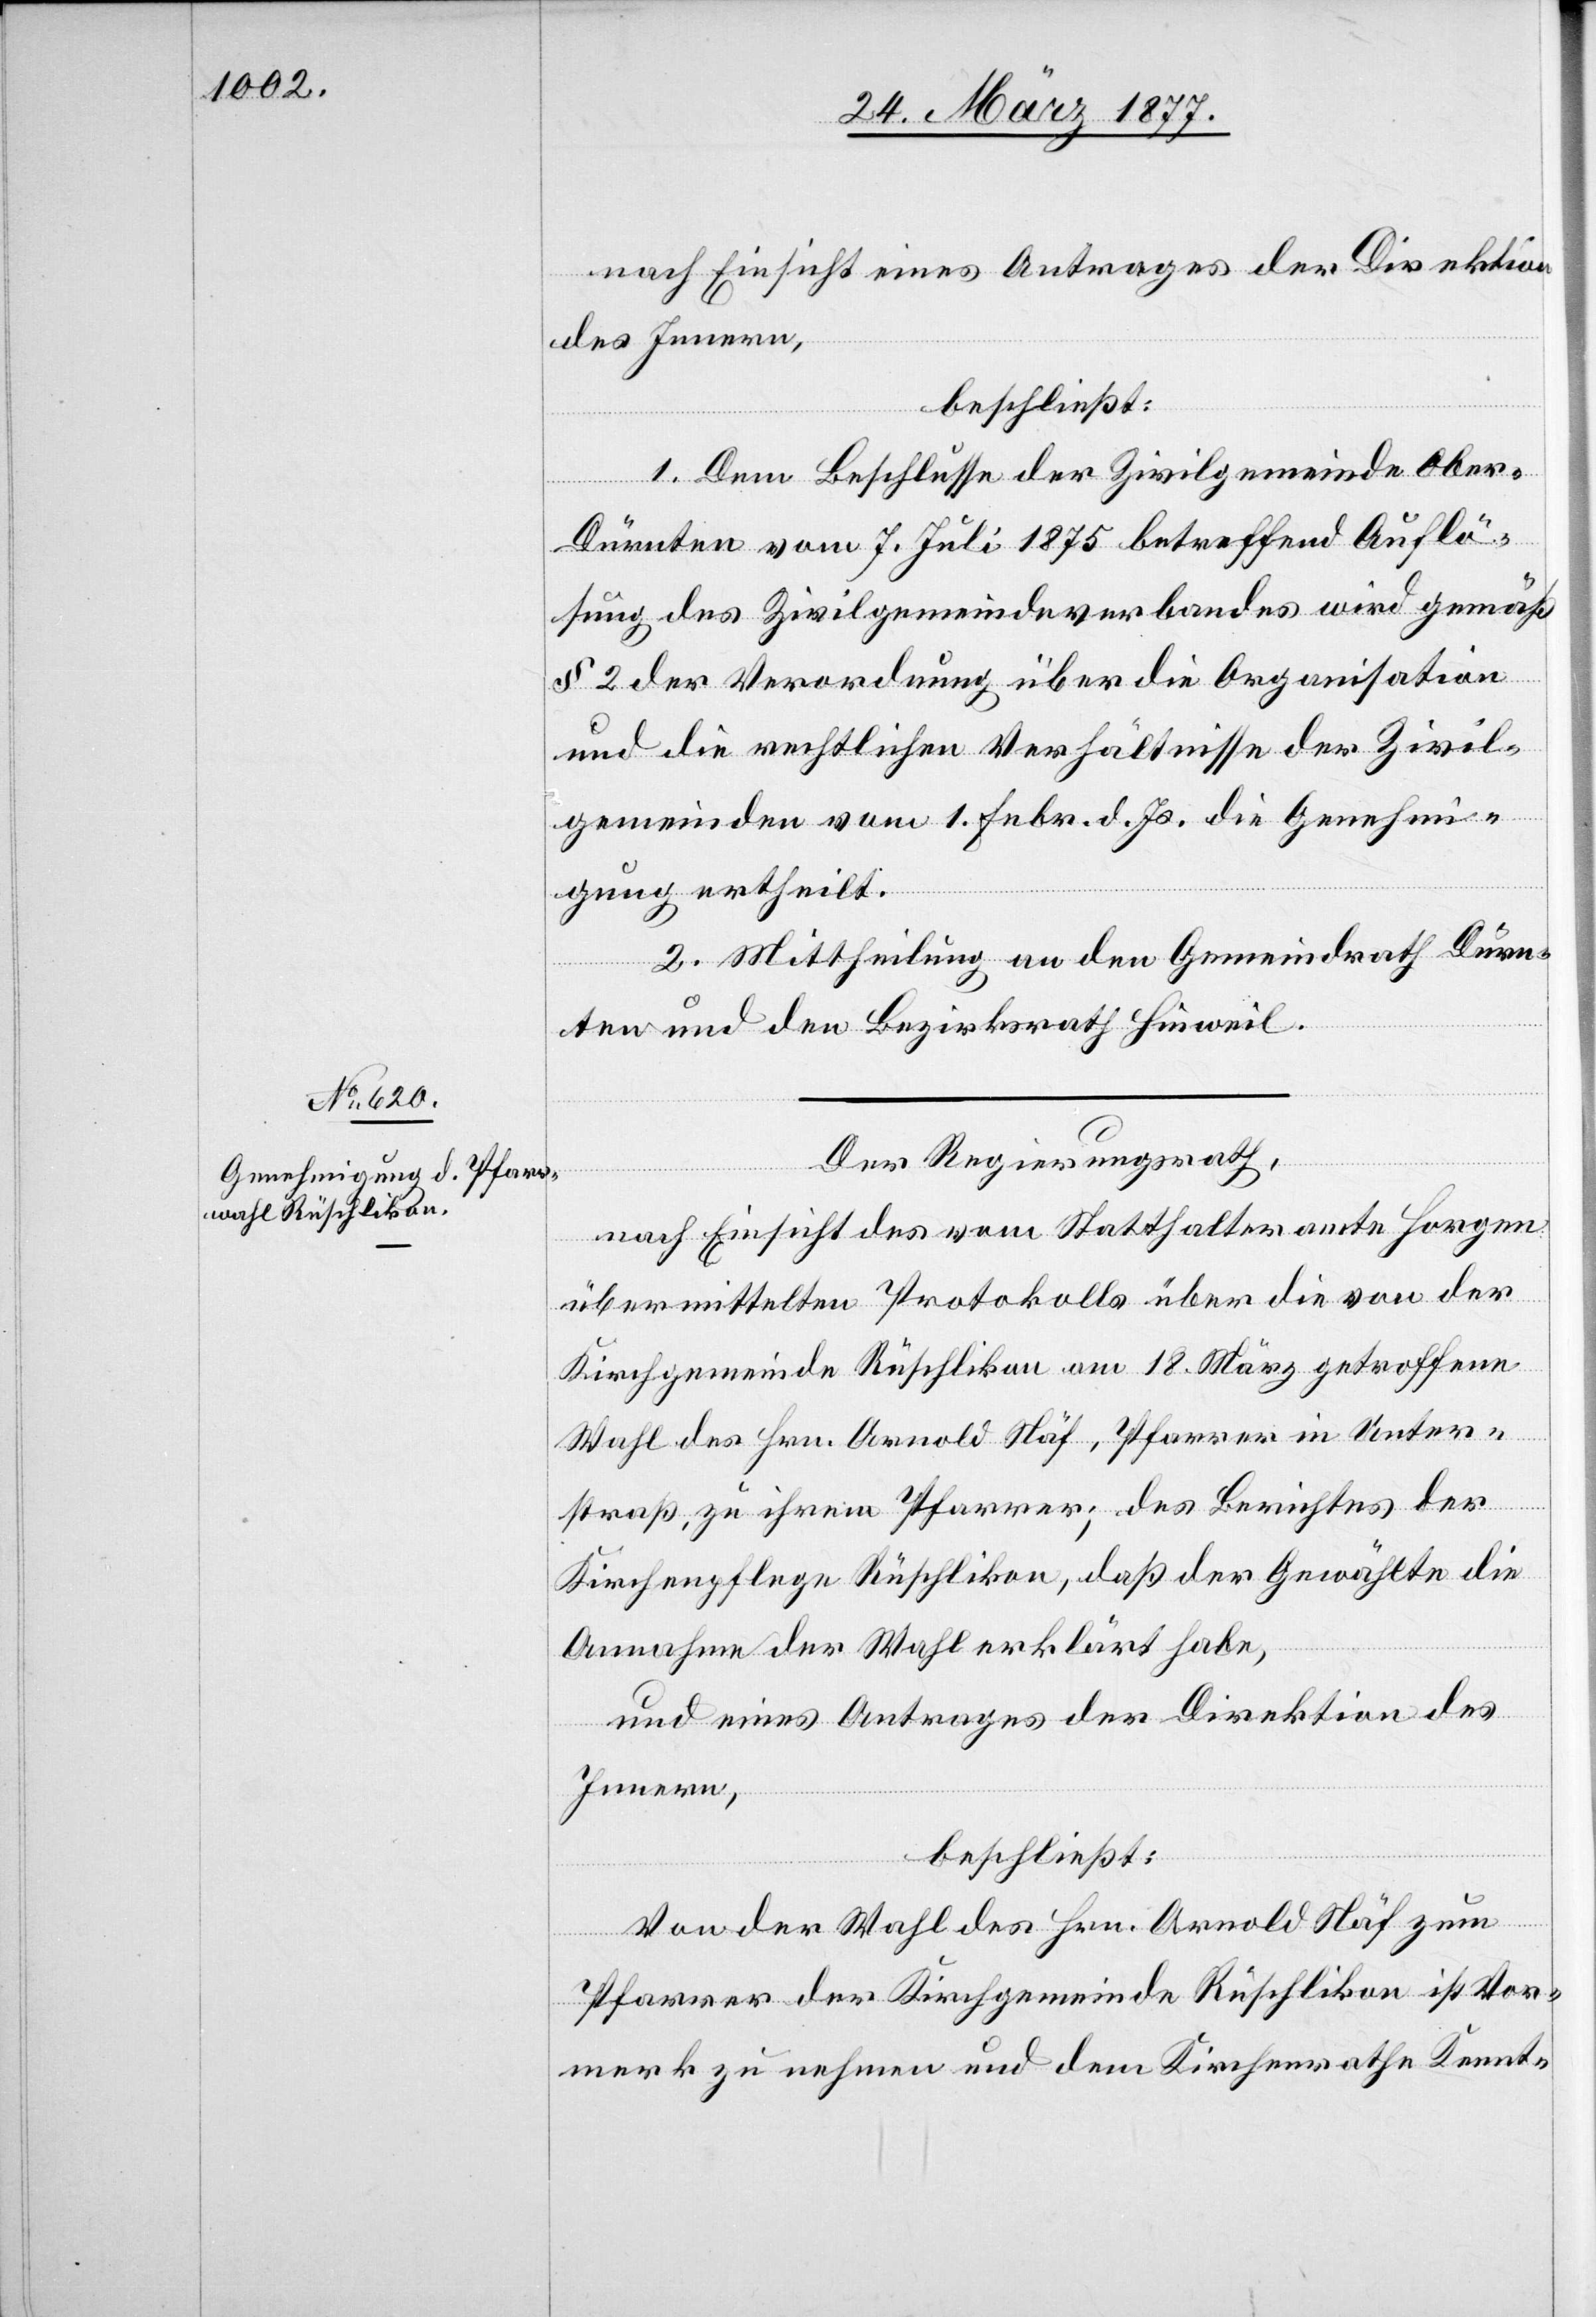
nach Einsicht eines Antrages der Direktion
des Innern,
beschließt:
1. Dem Beschlusse der Zivilgemeinde Ober-D¬
ürnten vom 7. Juli 1875 betreffend Auflö¬
sung des Zivilgemeindeverbandes wird gemäß
§ 2 der Verordnung über die Organisation
und die rechtlichen Verhältnisse der Zivil¬
gemeinden vom 1. Febr. d. Js. die Genehm¬
igung ertheilt.
2. Mittheilung an den Gemeindrath Dürn¬
ten und den Bezirksrath Hinweil.
Der Regierungsrath,
nach Einsicht des vom Statthalteramte Horgen
übermittelten Protokolls über die von der
Kirchgemeinde Rüschlikon am 18. März getroffene
Wahl des Hrn. Arnold Näf, Pfarrer in Unter¬
straß, zu ihrem Pfarrer; des Berichtes der
Kirchenpflege Rüschlikon, daß der Gewählte die
Annahme der Wahl erklärt habe,
und eines Antrages der Direktion des
Innern,
beschließt:
Von der Wahl des Hrn. Arnold Näf zum
Pfarrer der Kirchgemeinde Rüschlikon ist Vor¬
merk zu nehmen und dem Kirchenrathe Kennt-